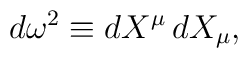
d\omega^2 \equiv dX^\mu\, dX_\mu,